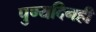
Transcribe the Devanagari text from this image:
पुण्यदिनही